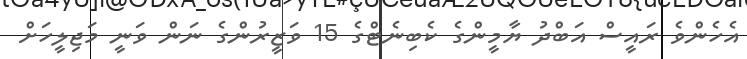
އެހެންވެ ރައީސް އަބްދު ޔާމީންގެ ކެބިނެޓްގެ 15 ވަޒީރުންގެ ނަން ވަނީ މަޖިލީހަށް